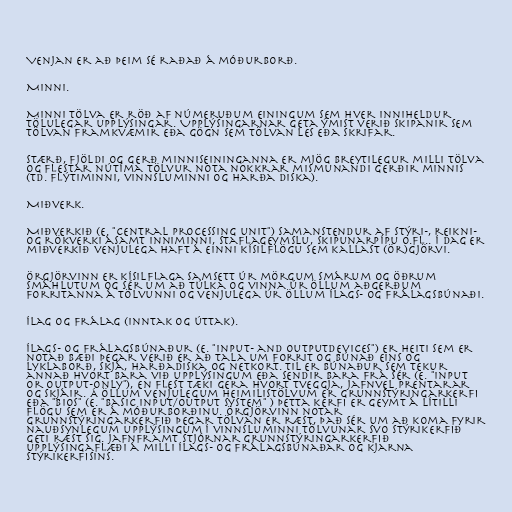
Venjan er að þeim sé raðað á móðurborð.

Minni.

Minni tölva er röð af númeruðum einingum sem hver inniheldur
tölulegar upplýsingar. Upplýsingarnar geta ýmist verið skipanir sem
tölvan framkvæmir eða gögn sem tölvan les eða skrifar.

Stærð, fjöldi og gerð minniseininganna er mjög breytilegur milli tölva
og flestar nútíma tölvur nota nokkrar mismunandi gerðir minnis
(td. flýtiminni, vinnsluminni og harða diska).

Miðverk.

Miðverkið (e. "Central processing unit") samanstendur af stýri-, reikni-
og rökverki ásamt inniminni, staflageymslu, skipunarpípu o.fl.. Í dag er
miðverkið venjulega haft á einni kísilflögu sem kallast (ör)gjörvi.

Örgjörvinn er kísilflaga samsett úr mörgum smárum og öðrum
smáhlutum og sér um að túlka og vinna úr öllum aðgerðum
forritanna á tölvunni og venjulega úr öllum ílags- og frálagsbúnaði.

Ílag og frálag (inntak og úttak).

Ílags- og frálagsbúnaður (e. "input- and outputdevices") er heiti sem er
notað bæði þegar verið er að tala um forrit og búnað eins og
lyklaborð, skjá, harðadiska og netkort. Til er búnaður sem tekur
annað hvort bara við upplýsingum eða sendir bara frá sér (e. "input
or output-only"), en flest tæki gera hvort tveggja, jafnvel prentarar
og skjáir. Á öllum venjulegum heimilistölvum er grunnstýringarkerfi
eða "BIOS" (e. "Basic Input/Output System" ) þetta kerfi er geymt á lítilli
flögu sem er á móðurborðinu. Örgjörvinn notar
grunnstýringarkerfið þegar tölvan er ræst, það sér um að koma fyrir
nauðsynlegum upplýsingum í vinnsluminni tölvunar svo stýrikerfið
geti ræst sig. Jafnframt stjórnar grunnstýringarkerfið
upplýsingaflæði á milli ílags- og frálagsbúnaðar og kjarna
stýrikerfisins.